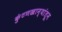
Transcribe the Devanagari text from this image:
कुंटणखान्यांतून